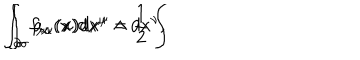
\int _ { \partial \sigma } a _ { \mu } ( x ) d x ^ { \mu } = \frac { 1 } { 2 } \int \hspace { - 2 m m } \int _ { \sigma } f _ { \mu \nu } ( x ) d x ^ { \mu } \wedge d x ^ { \nu } ,